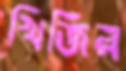
খিজির